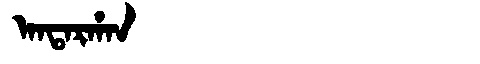
Manchu: ᠠᠨᡨᠠᡵᡥᠠᠨ
Romanization: ANTARHAN